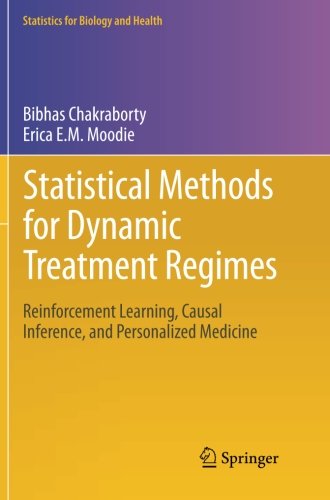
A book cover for Statistical Methods for Dynamic Treatment Regimes: Reinforcement Learning, Causal Inference, and Personalized Medicine (Statistics for Biology and Health); Bibhas Chakraborty; Science & Math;